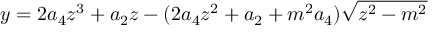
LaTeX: y = 2 a _ { 4 } z ^ { 3 } + a _ { 2 } z - ( 2 a _ { 4 } z ^ { 2 } + a _ { 2 } + m ^ { 2 } a _ { 4 } ) \sqrt { z ^ { 2 } - m ^ { 2 } }